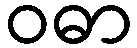
ဝဓာ